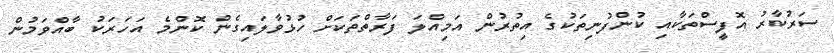
ސަރުކާރު އޮފީސްތަކާއި ކުންފުނިތަކުގެ އިތުރުން އަމިއްލަ ފަރާތްތަކަށް ހުޅުވާލައިގެން ކޮންމެ އަހަރަކު ބާއްވަމުން